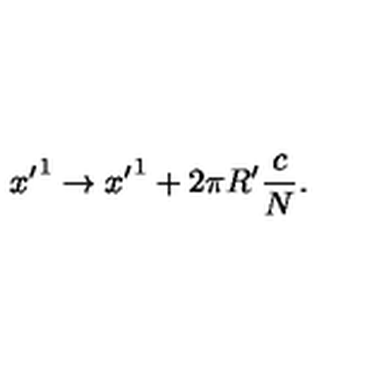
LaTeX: { x ^ { \prime } } ^ { 1 } \rightarrow { x ^ { \prime } } ^ { 1 } + 2 \pi R ^ { \prime } \frac { c } { N } .